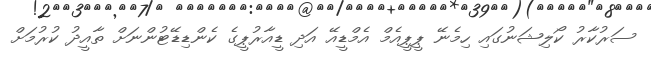
ސަރުކާރު ކޯލިޝަނުގައި ހިމެނޭ ޕީޕީއެމް އެމްޑީއޭ އަދި ޑީއާރުޕީގެ ކެންޑިޑޭޓުންނަށް ތާއީދު ކުރުމަށް